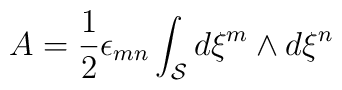
A={1\over 2}\epsilon_{mn}\int_{\cal S}d\xi^m\wedge d\xi^n